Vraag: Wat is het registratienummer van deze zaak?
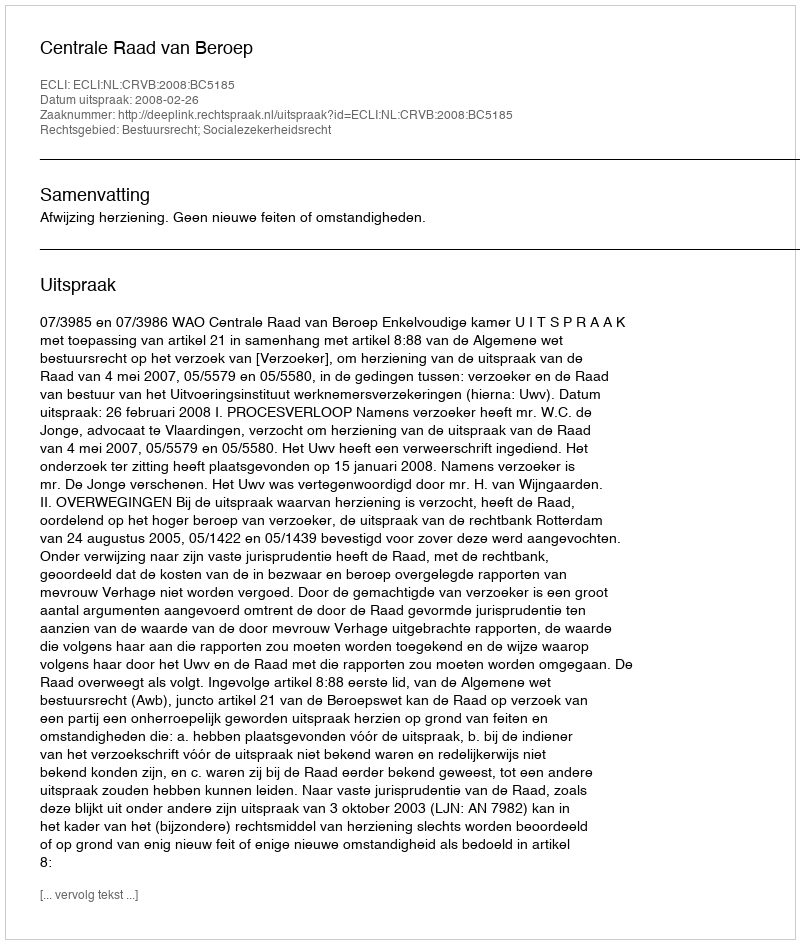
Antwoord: http://deeplink.rechtspraak.nl/uitspraak?id=ECLI:NL:CRVB:2008:BC5185